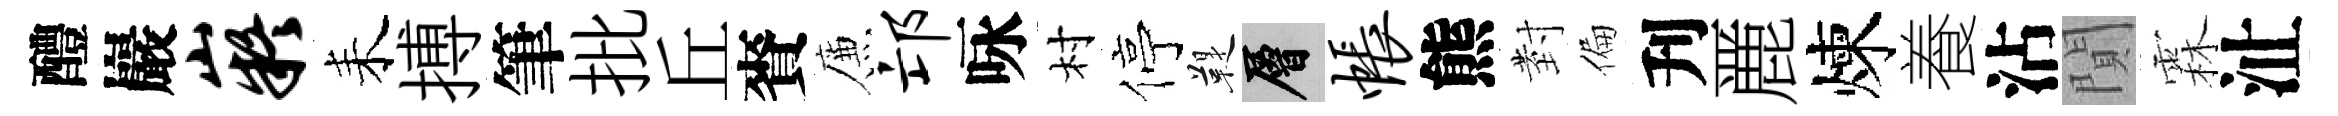
醴巖嶷耒搏筆批丘賚簾邙咏村停鞮層帐熊𭔹偏刋䴡煉養沾閴霖沚